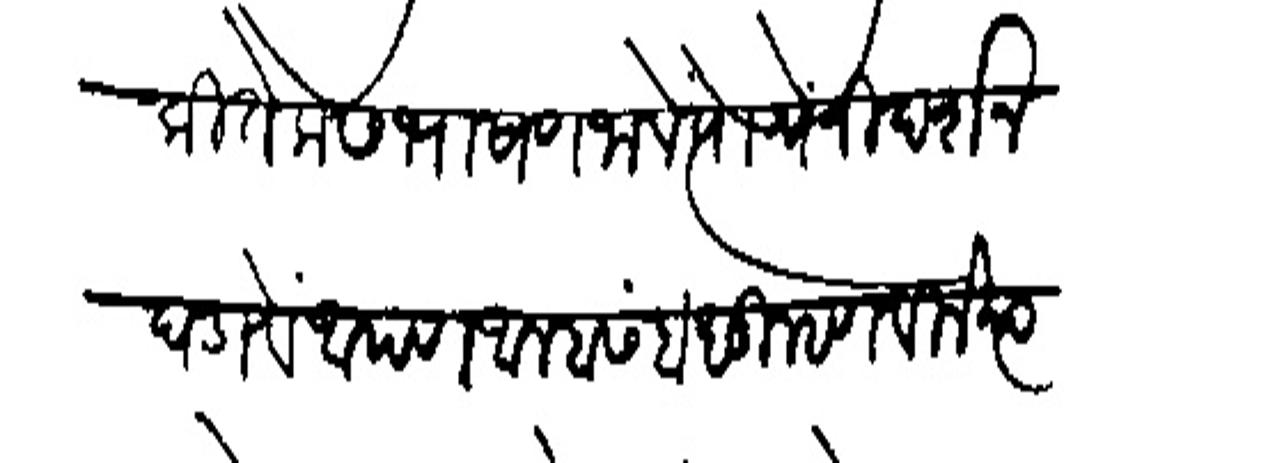
Transliteration (Devanagari): कितेक संभाषण जालें स्याचें निदर्शन घडावें आपण आम्हास बंधू म्हणविले त्या